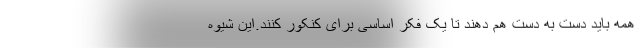
همه باید دست به دست هم دهند تا یک فکر اساسی برای کنکور کنند.این شیوه